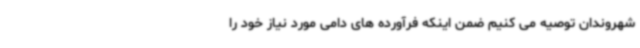
شهروندان توصیه می کنیم ضمن اینکه فرآورده های دامی مورد نیاز خود را